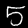
Label: 5